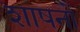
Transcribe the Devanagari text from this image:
शाषनों